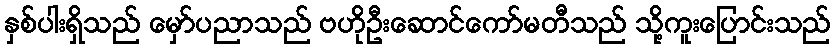
နှစ်ပါးရှိသည် မှော်ပညာသည် ဗဟိုဦးဆောင်ကော်မတီသည် သို့ကူးပြောင်းသည်